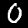
Label: 0